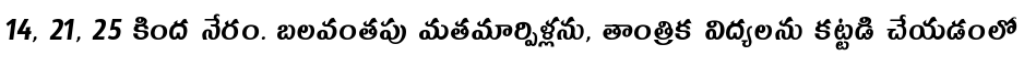
14, 21, 25 కింద నేరం. బలవంతపు మతమార్పిళ్లను, తాంత్రిక విద్యలను కట్టడి చేయడంలో